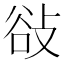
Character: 𢼽